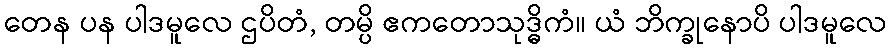
တေန ပန ပါဒမူလေ ဌပိတံ, တမ္ပိ ဧကတောသုဒ္ဓိကံ။ ယံ ဘိက္ခုနောပိ ပါဒမူလေ